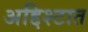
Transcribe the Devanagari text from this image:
अद्दिश्टात